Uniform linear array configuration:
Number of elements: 24
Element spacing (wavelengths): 0.25
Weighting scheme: exponential
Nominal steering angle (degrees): -30
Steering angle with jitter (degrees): -30.696
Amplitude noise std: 0.05
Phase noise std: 0.05

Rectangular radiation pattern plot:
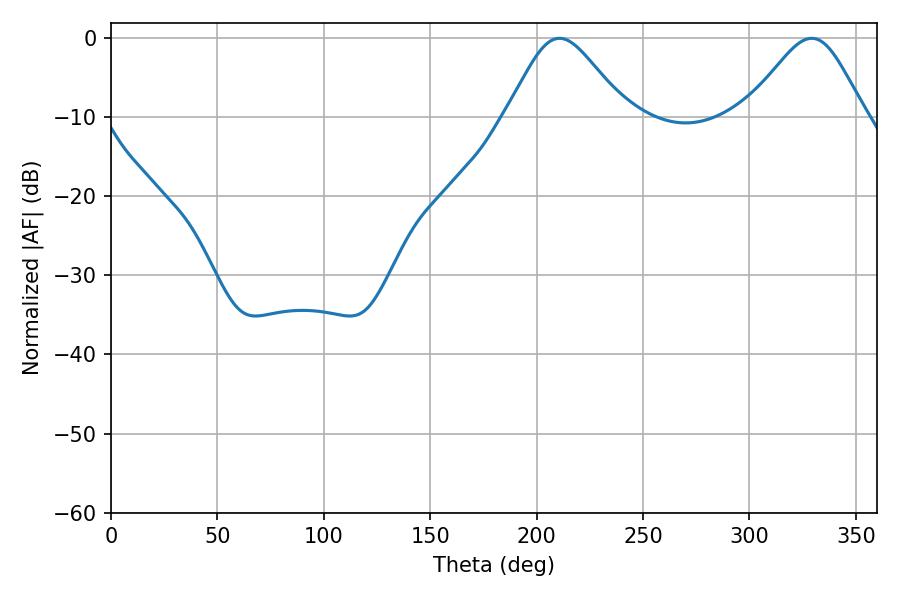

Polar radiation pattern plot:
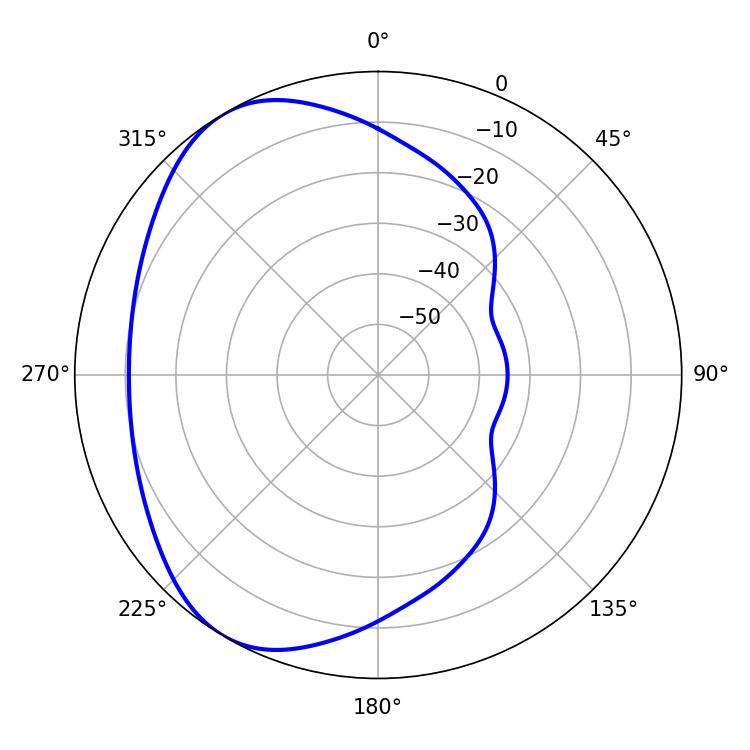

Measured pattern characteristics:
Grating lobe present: FALSE
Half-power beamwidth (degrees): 27.54
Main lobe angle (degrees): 210.78